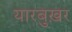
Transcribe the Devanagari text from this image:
यारबुख़र